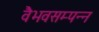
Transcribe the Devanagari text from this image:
वैभवसम्पन्न